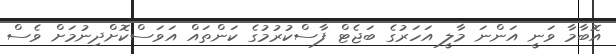
އޮބާމާ ވަނީ އަންނަ މާލީ އަހަރުގެ ބަޖެޓް ފާސްކުރުމުގެ ކަންތައް އަވަސްކޮށްދިނުމަށް ވެސް